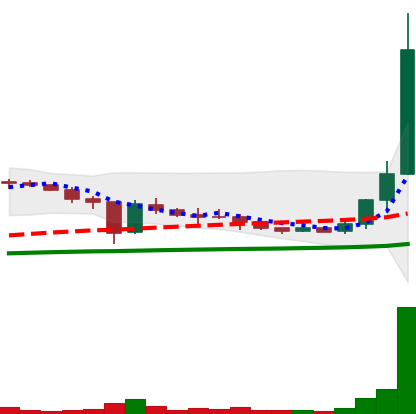
Ticker: XLM-USD
Chart end date: 2021-01-06
Forward return: -20.116%
Label: down_7plus